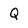
Character: Q